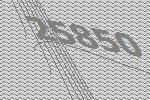
25850